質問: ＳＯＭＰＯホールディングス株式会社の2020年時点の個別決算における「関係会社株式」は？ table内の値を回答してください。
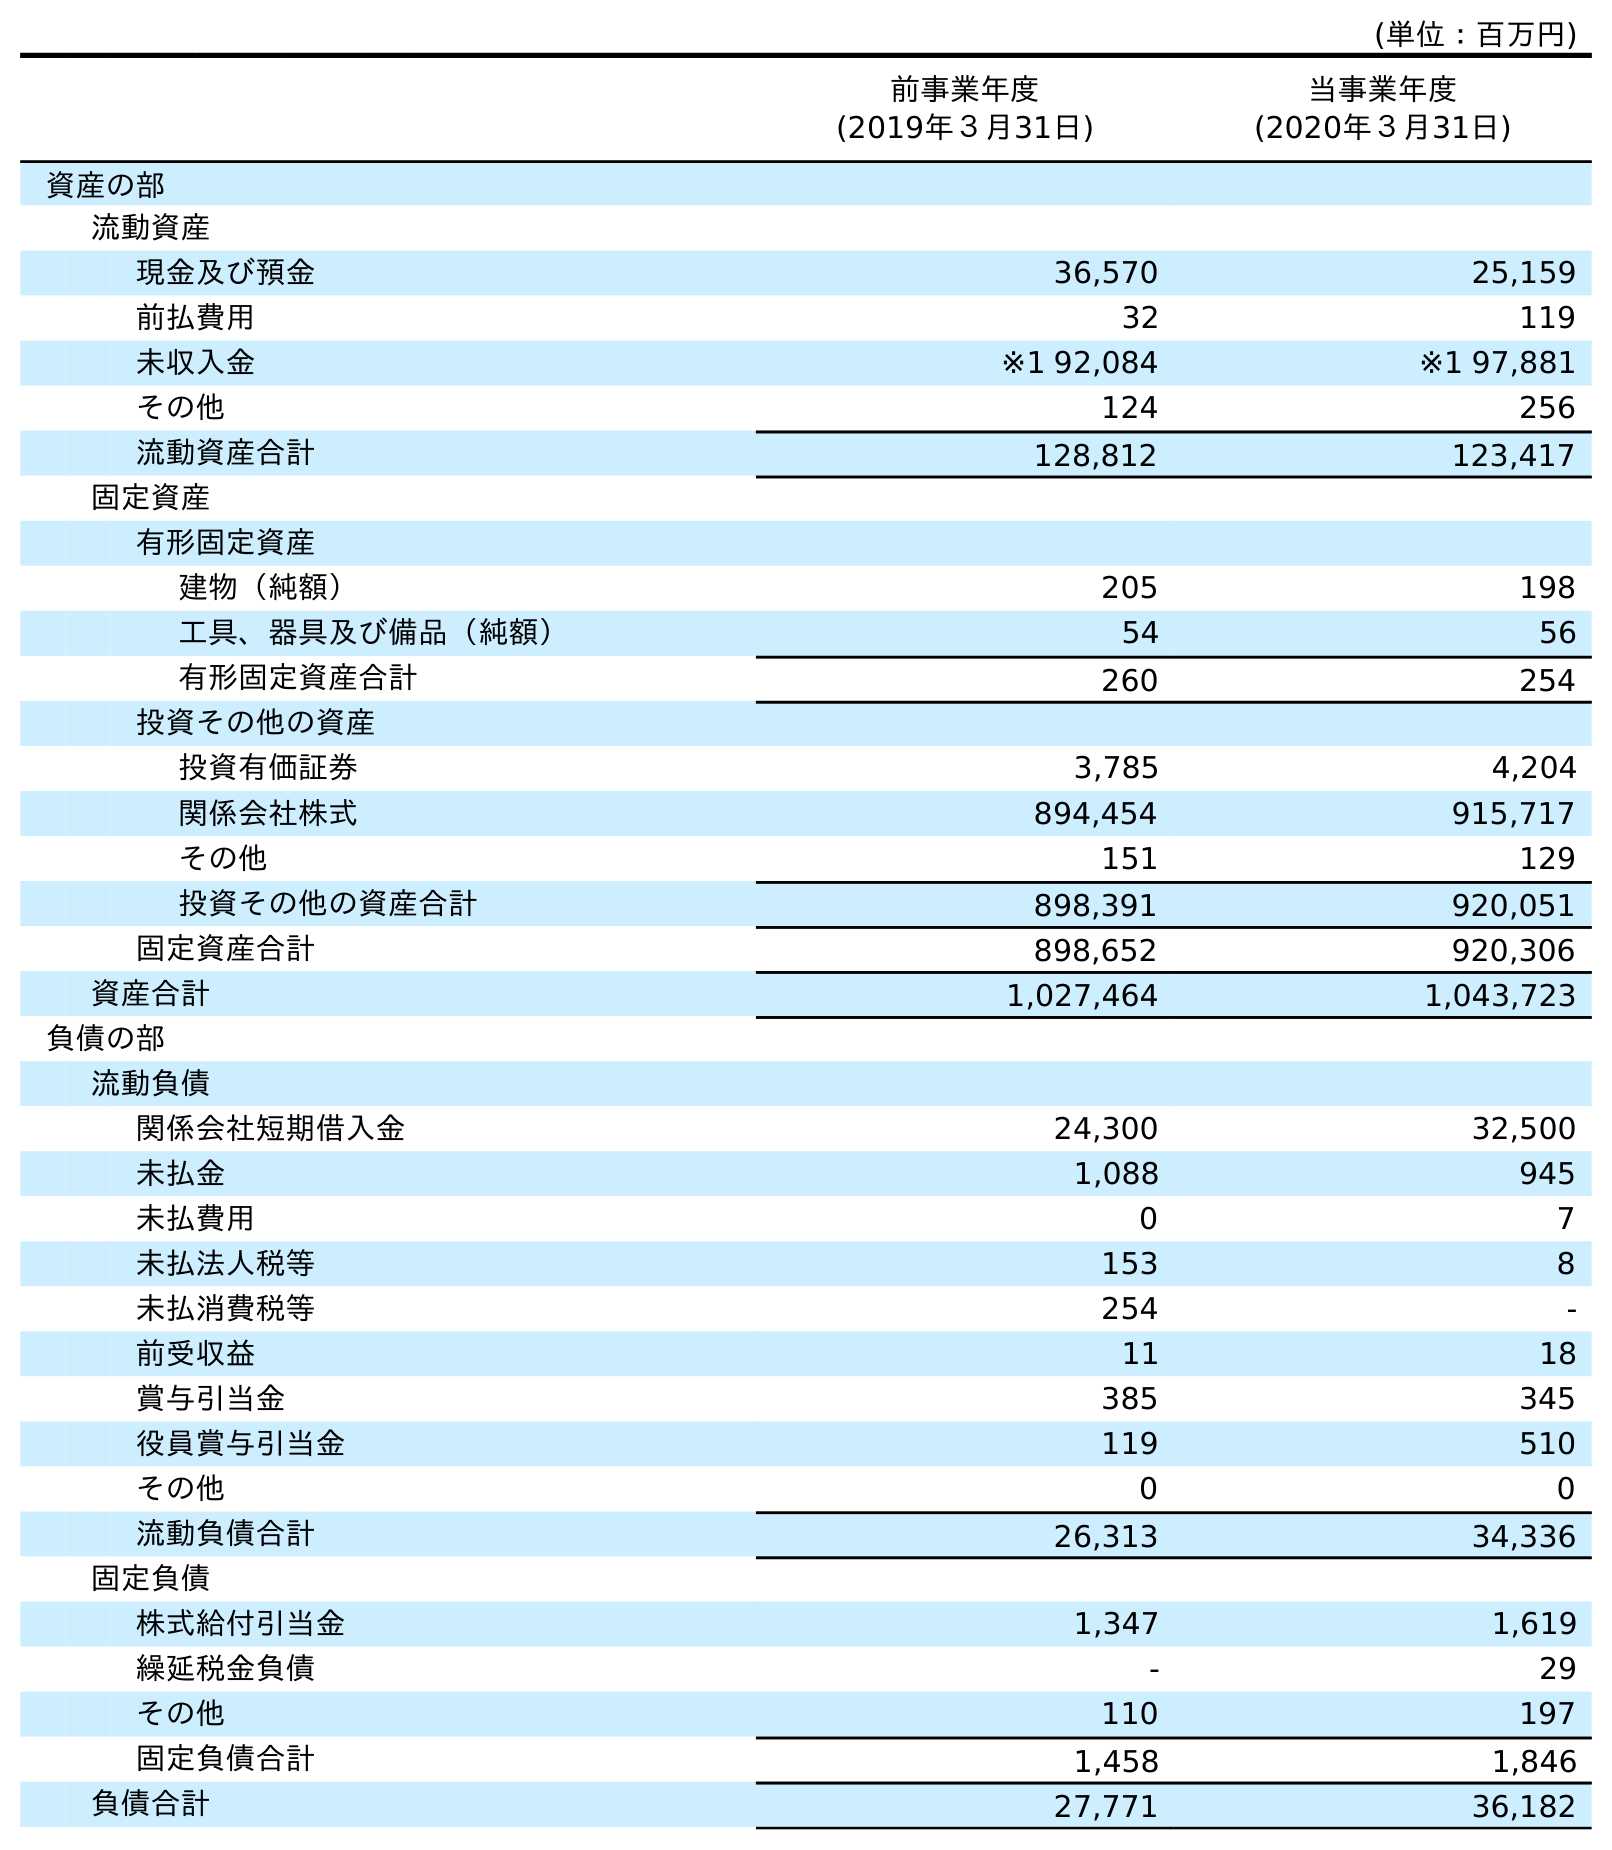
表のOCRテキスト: (単位：百万円) 前事業年度 (2019年３月31日) 当事業年度 (2020年３月31日) 資産の部 流動資産 現金及び預金 36,570 25,159 前払費用 32 119 未収入金 ※1 92,084 ※1 97,881 その他 124 256 流動資産合計 128,812 123,417 固定資産 有形固定資産 建物（純額） 205 198 工具、器具及び備品（純額） 54 56 有形固定資産合計 260 254 投資その他の資産 投資有価証券 3,785 4,204 関係会社株式 894,454 915,717 その他 151 129 投資その他の資産合計 898,391 920,051 固定資産合計 898,652 920,306 資産合計 1,027,464 1,043,723 負債の部 流動負債 関係会社短期借入金 24,300 32,500 未払金 1,088 945 未払費用 0 7 未払法人税等 153 8 未払消費税等 254 - 前受収益 11 18 賞与引当金 385 345 役員賞与引当金 119 510 その他 0 0 流動負債合計 26,313 34,336 固定負債 株式給付引当金 1,347 1,619 繰延税金負債 - 29 その他 110 197 固定負債合計 1,458 1,846 負債合計 27,771 36,182
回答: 915,717